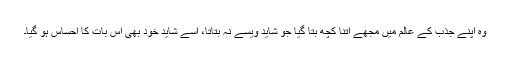
وہ اپنے جذب کے عالم میں مجھے اتنا کچھ بتا گیا جو شاید ویسے نہ بتاتا، اسے شاید خود بھی اس بات کا احساس ہو گیا۔